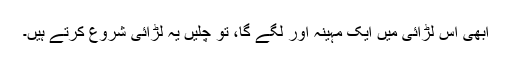
ابھی اس لڑائی میں ایک مہینہ اور لگے گا، تو چلیں یہ لڑائی شروع کرتے ہیں۔